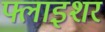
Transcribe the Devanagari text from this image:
फ्लाइशर